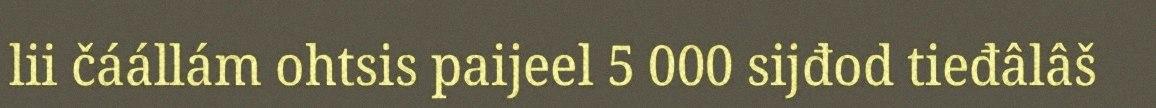
lii čáállám ohtsis paijeel 5 000 sijđod tieđâlâš